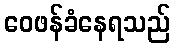
ဝေဖန်ခံနေရသည်